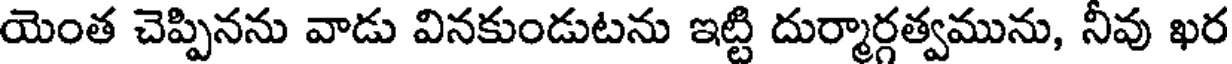
యెంత చెప్పినను వాడు వినకుండుటను ఇట్టి దుర్మార్గత్వమును, నీవు ఖర